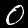
Label: 0